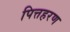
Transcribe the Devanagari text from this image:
पित्तहरण